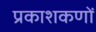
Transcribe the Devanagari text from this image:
प्रकाशकणों